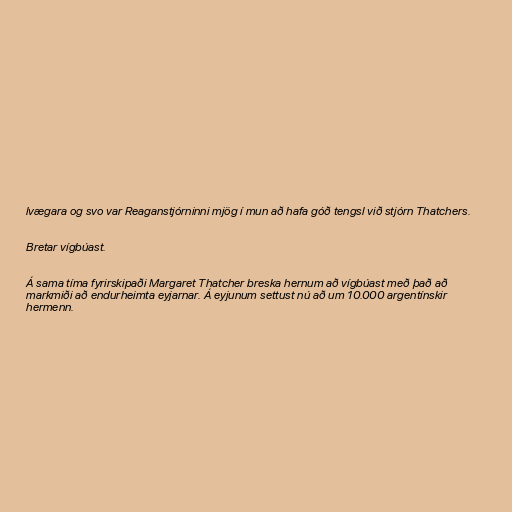
lvægara og svo var Reaganstjórninni mjög í mun að hafa góð tengsl við stjórn Thatchers.

Bretar vígbúast.

Á sama tíma fyrirskipaði Margaret Thatcher breska hernum að vígbúast með það að
markmiði að endurheimta eyjarnar. Á eyjunum settust nú að um 10.000 argentínskir
hermenn.